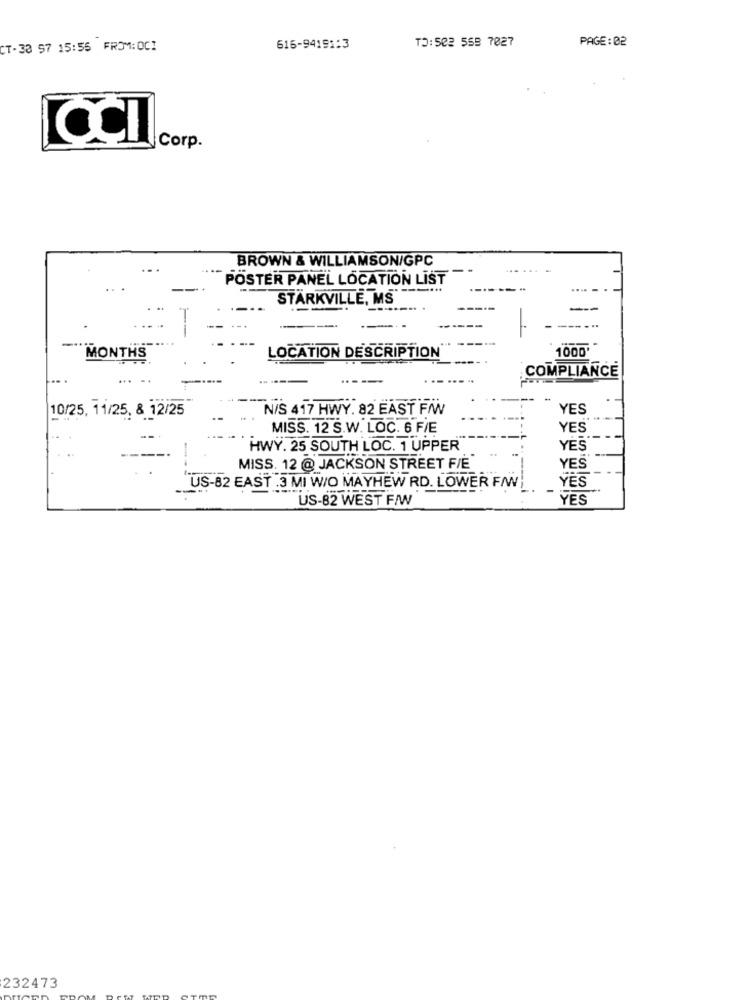
PAGE: 02
CT-33 97 15:55 FROM:OCI
616-94191:3
TO: 502 558 7027
Corp.
BROWN & WILLIAMSON/GPC
POSTER PANEL LOCATION LIST
-..
STARKVILLE, MS
--
1000
MONTHS
LOCATION DESCRIPTION
COMPLIANCE
N/S 417 HWY. 82 EAST F/W
YES
10/25, 11/25, 8 12/25
MISS. 12 S.W. LOC. 6 F/E
YES
HWY. 25 SOUTH LOC. 1 UPPER
YES
MISS. 12 @ JACKSON STREET F/E
YES
US-82 EAST .3 MI W/O MAYHEW RD. LOWER F/W
YES
US-82 WEST FAW
YES
232473